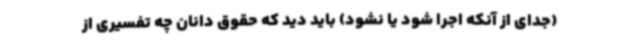
(جدای از آنکه اجرا شود یا نشود) باید دید که حقوق دانان چه تفسیری از